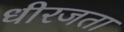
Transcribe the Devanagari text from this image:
धीरजता